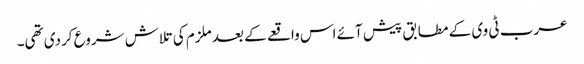
عرب ٹی وی کے مطابق پیش آئے اس واقعے کے بعد ملزم کی تلاش شروع کردی تھی۔